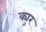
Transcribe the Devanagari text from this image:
क्युर